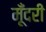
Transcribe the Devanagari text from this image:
मूँदरी